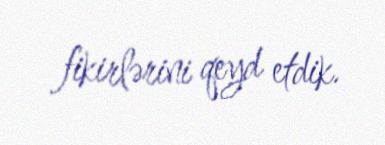
fikirlərini qeyd etdik.